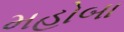
મહોબા